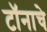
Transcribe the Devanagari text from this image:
टॉनाचे